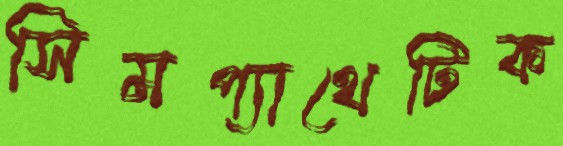
সিমপ্যাথেটিক